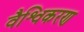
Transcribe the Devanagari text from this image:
वैश्विकरण